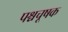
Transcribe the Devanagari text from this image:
पश्चचूषक